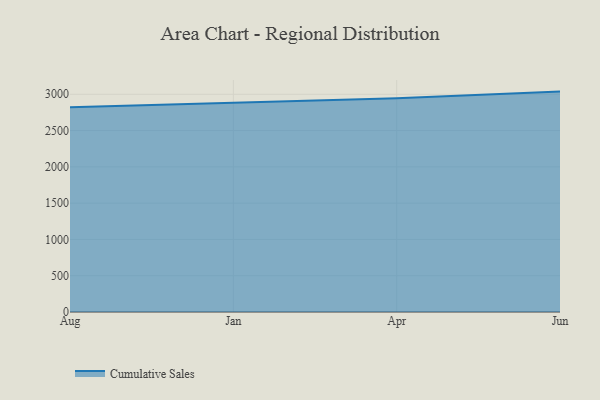
{"axis": {"x": "Month", "y": "Latency (ms)"}, "legend": ["Cumulative Sales"], "data": [{"x": "Aug", "y": 2820.9, "type": "Cumulative Sales"}, {"x": "Jan", "y": 2883.0, "type": "Cumulative Sales"}, {"x": "Apr", "y": 2943.9, "type": "Cumulative Sales"}, {"x": "Jun", "y": 3037.0, "type": "Cumulative Sales"}]}